Revision of Machinery of Youth Service Scheme, 1942
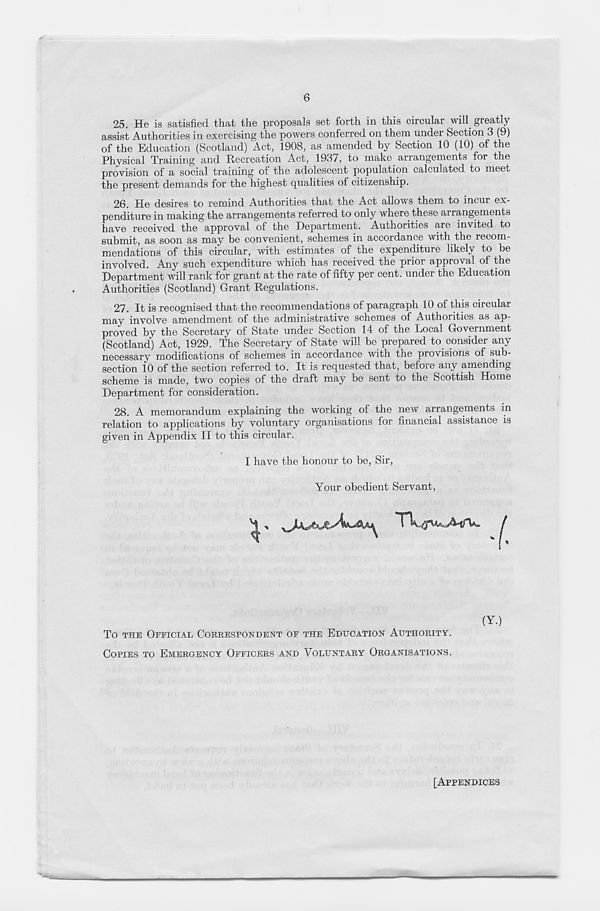
6
25. He is satisfied that the proposals set forth in this circular will greatly
assist Authorities in exercising the powers conferred on them under Section 3 (9)
of the Education (Scotland) Act, 1908, as amended by Section 10 (10) of the
Physical Training and Recreation Act, 1937, to make arrangements for the
provision of a social training of the adolescent population calculated to meet
the present demands for the highest qualities of citizenship.
26. He desires to remind Authorities that the Act allows them to incur ex-
penditure in making the arrangements referred to only where these arrangements
have received the approval of the Department. Authorities are invited to
submit, as soon as may be convenient, schemes in accordance with the recom-
mendations of this circular, with estimates of the expenditure likely to be
involved. Any such expenditure which has received the prior approval of the
Department will rank for grant at the rate of fifty per cent, under the Education
Authorities (Scotland) Grant Regulations.
27. It is recognised that the recommendations of paragraph 10 of this circular
may involve amendment of the administrative schemes of Authorities as ap-
proved by the Secretary of State under Section 14 of the Local Government
(Scotland) Act, 1929. The Secretary of State will be prepared to consider any
necessary modifications of schemes in accordance with the provisions of sub-
section 10 of the section referred to. It is requested that, before any amending
scheme is made, two copies of the draft may be sent to the Scottish Home
Department for consideration.
28. A memorandum explaining the working of the new arrangements in
relation to applications by voluntary organisations for financial assistance is
given in Appendix II to this circular.
I have the honour to be, Sir,
Your obedient Servant
(Y.)
To THE OFFICIAL CORRESPONDENT OF THE EDUCATION AUTHORITY.
COPIES TO EMERGENCY OFFICERS AND VOLUNTARY ORGANISATIONS.
[APPENDICES